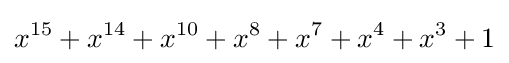
x^{15}+x^{14}+x^{10}+x^{8}+x^{7}+x^{4}+x^{3}+1